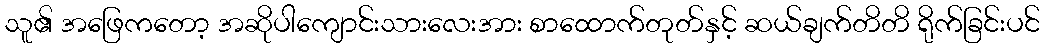
သူ၏ အဖြေကတော့ အဆိုပါကျောင်းသားလေးအား စာထောက်တုတ်နှင့် ဆယ်ချက်တိတိ ရိုက်ခြင်းပင်